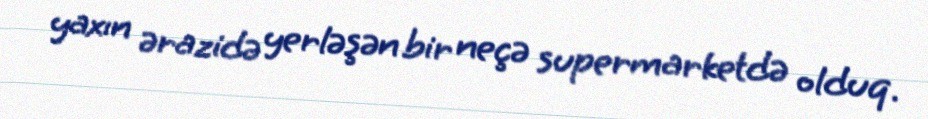
yaxın ərazidə yerləşən bir neçə supermarketdə olduq.